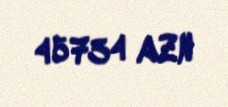
45734 AZN